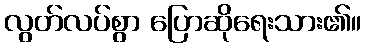
လွတ်လပ်စွာ ပြောဆိုရေးသား၏။